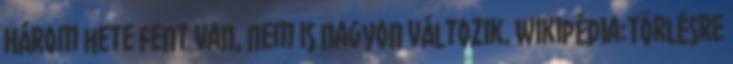
Három hete fent van, nem is nagyon változik. Wikipédia:Törlésre